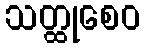
သတ္ထုစေဝ